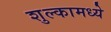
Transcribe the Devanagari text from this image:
शुल्कामध्ये